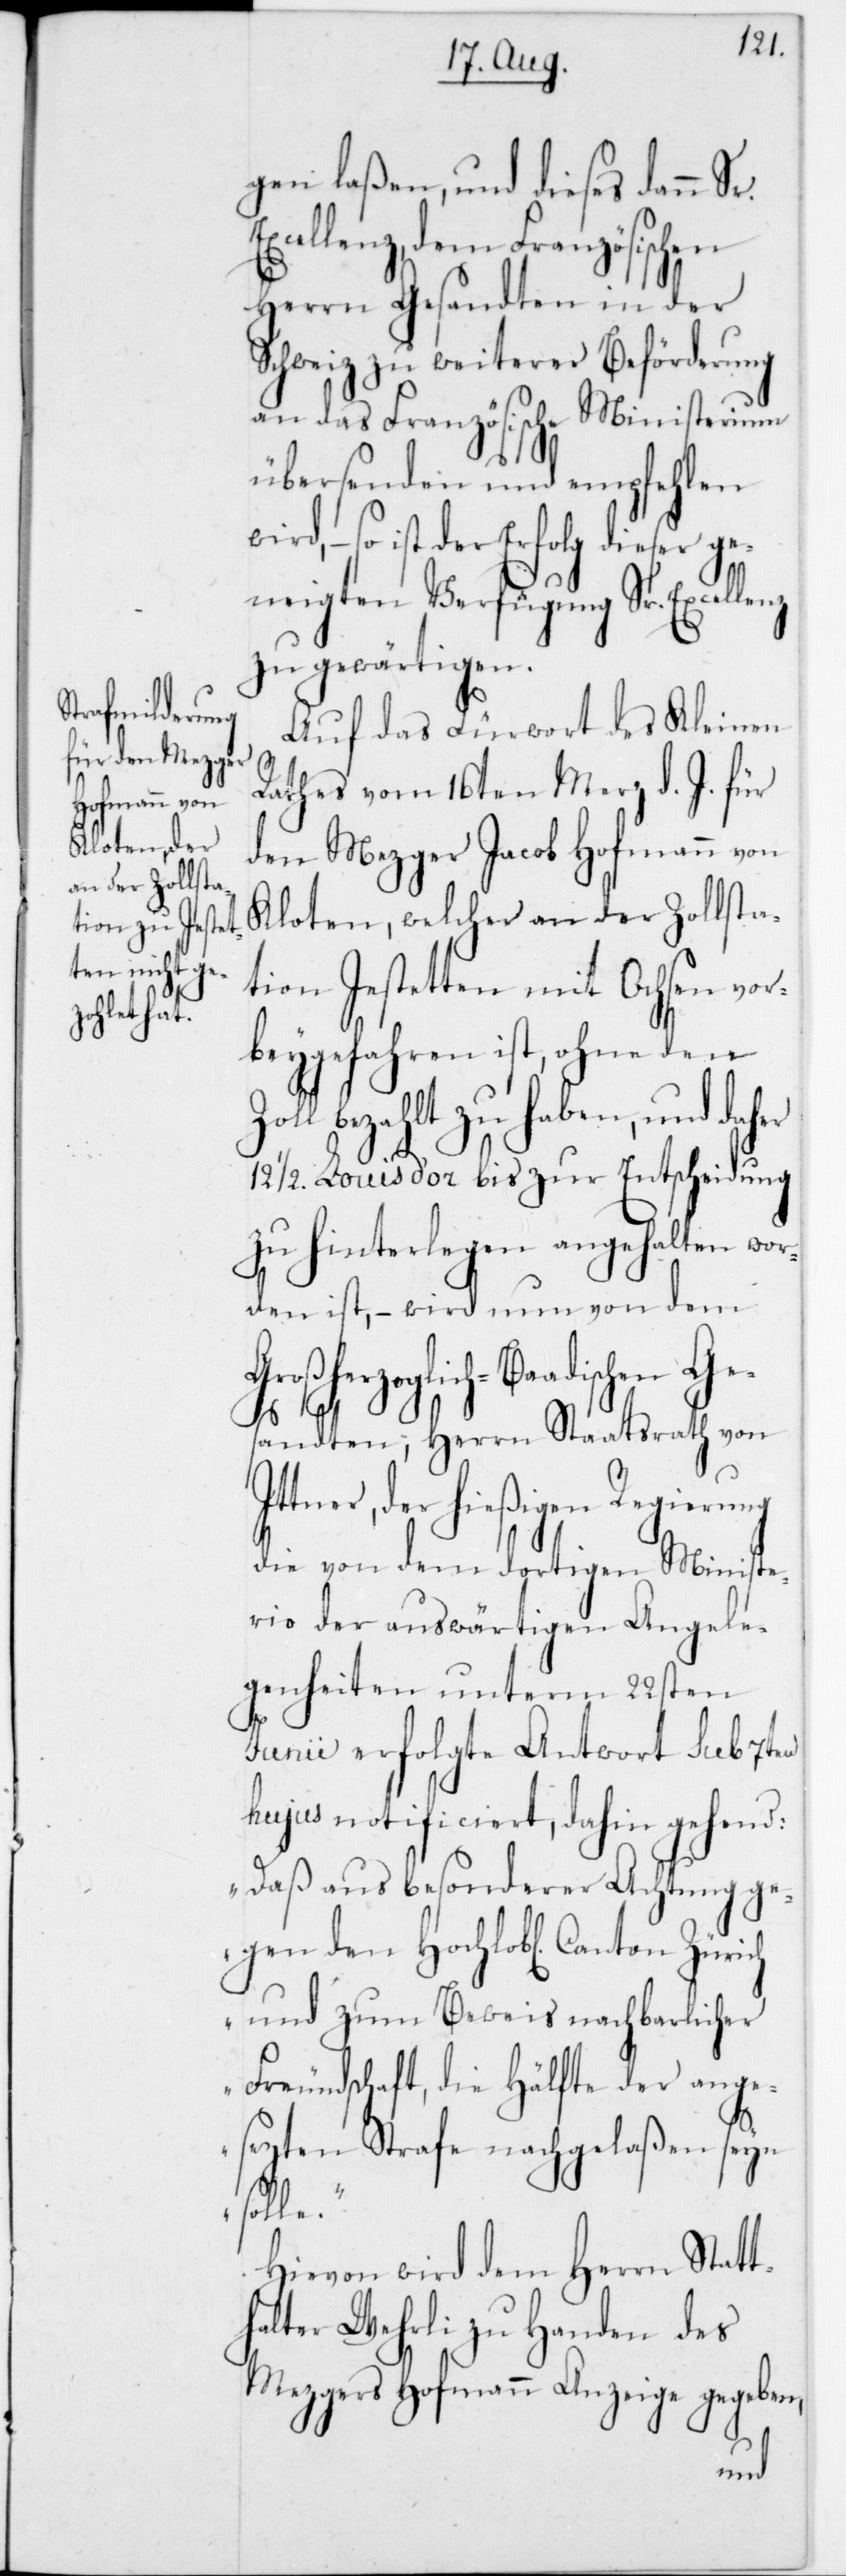
gen laßen, und dieses dann
xcellenz,dem Französischen
Herrn Gesandten in der
Schweiz zu weiterer Beförderung
an das Französische Ministerium
übersenden und empfehlen
ist der Erfolg dieser ge¬
neigten Verfügung Sr. Excelle¬
zu gewärtigen.
Auf das Fürwort des Kleinen
Rathes vom 16ten März d. J. für
den Mezger Jacob Hofmann von
Kloten, welcher an der Zollsta¬
tion Jestetten mit Ochsen vor¬
beygefahren ist, ohne den
bezahlt zu haben, und dah¬
12 1/2 Louis d’or bis zur Entscheidung
zu hinterlegen angehalten wor¬
den ist, – wird nun von dem
Großherzoglich-Baadischen Ge¬
Sr.
er
sandten, Herrn Staatsrath von
Ittner, der hießigen Regierung
die von dem dortigen Ministe¬
rio der auswärtigen Angele¬
genheiten unterm 22sten
Junii erfolgte Antwort sub 7ten
hujus notificiert, dahin gehend:
„Daß aus besonderer Achtung ge¬
gen den Hochlob[lichen] Canton
und zum Beweis nachbarlicher
Freundschaft, die Hälfte der ange¬
setzten Strafe nachgelaßen seyn
solle.“
Hievon wird dem Herrn Statt¬
halter Wehrli zu Handen des
Mezgers Hofmann Anzeige gegeben,